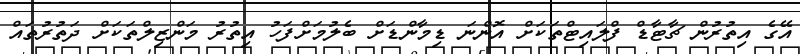
އޭގެ އިތުރުން ޗާޓާޑް ފްލައިޓްތަކަށް އޮންނަ ޑިމާންޑަށް ބެލުމަށްފަހު އިތުރު މަންޒިލްތަކަށް ދަތުރުތައް